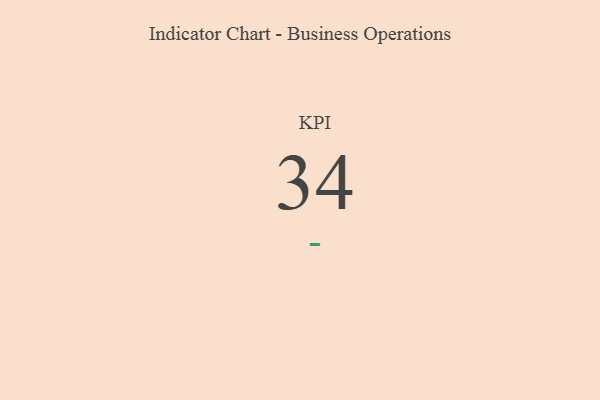
{"axis": {"x": "KPI", "y": "Value"}, "legend": [""], "data": [{"x": "KPI", "y": 34, "type": ""}]}